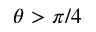
\theta > \pi / 4